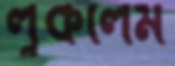
লুকলেম